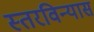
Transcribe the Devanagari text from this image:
स्तरविन्यास